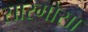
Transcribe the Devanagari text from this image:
सारगोसा